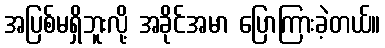
အပြစ်မရှိဘူးလို့ အခိုင်အမာ ပြောကြားခဲ့တယ်။